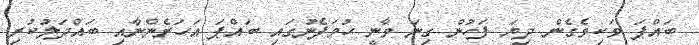
ބައްޕަ ވަކިވެގެން ދިިޔަ ފަހުން ގިނަ ވާނީ ހުވަފެނުގައި ބައްޕަ އަހަރެންނާއި ބައްދަލުކުރި